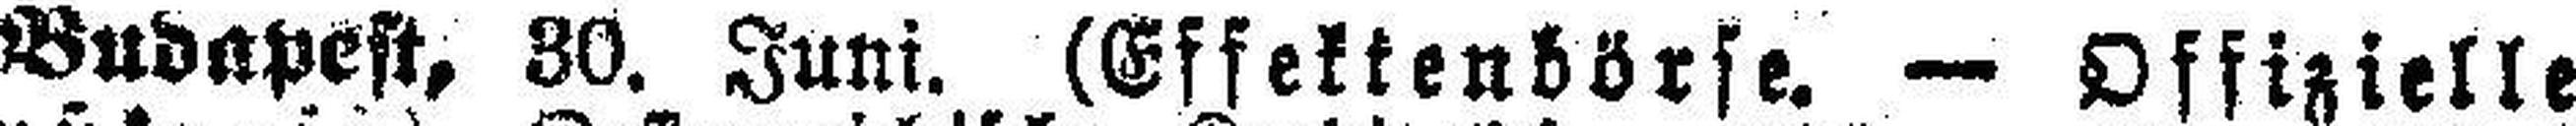
Budapest, 30. Juni. (Effektenbörse. - Offizielle